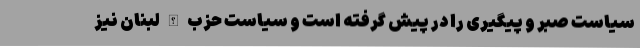
سیاست صبر و پیگیری را در پیش گرفته است و سیاست حزب الله لبنان نیز